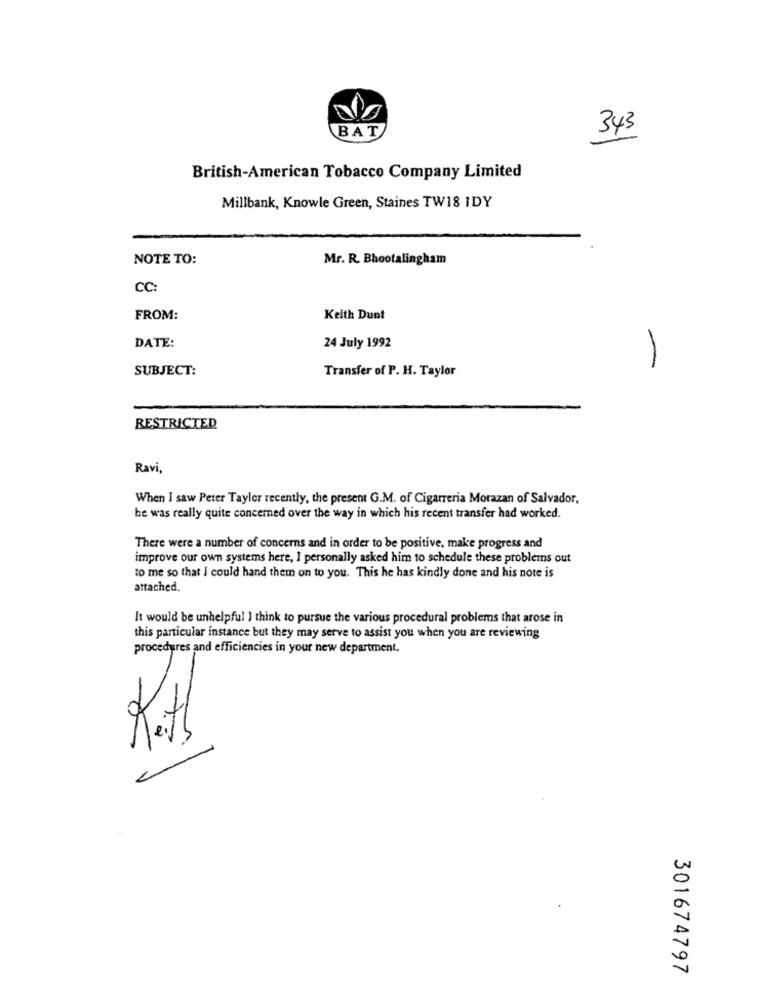
343
BAT
British-American Tobacco Company Limited
Millbank, Knowle Green, Staines TW18 IDY
NOTE TO:
Mr. R. Bhootalingham
CC:
FROM:
Keith Dunt
DATE:
-
24 July 1992
SUBJECT:
Transfer of P. H. Taylor
RESTRICTED
Ravi,
When I saw Peter Taylor recently, the present G.M. of Cigarreria Morazan of Salvador,
he was really quite concerned over the way in which his recent transfer had worked.
There were a number of concerns and in order to be positive, make progress and
improve our own systems here, I personally asked him to schedule these problems out
to me so that I could hand them on to you. This he has kindly done and his note is
attached.
It would be unhelpful I think to pursue the various procedural problems that arose in
this particular instance but they may serve to assist you when you are reviewing
procedures and efficiencies in your new department.
Kath
301674797